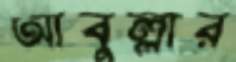
আবুল্লার